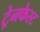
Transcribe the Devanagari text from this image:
ट्रेनफेस्ट